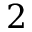
2